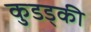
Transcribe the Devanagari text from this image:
कुडड्की